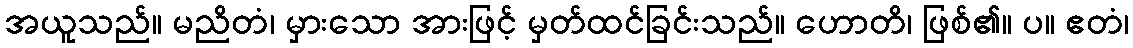
အယူသည်။ မညိတံ၊ မှားသော အားဖြင့် မှတ်ထင်ခြင်းသည်။ ဟောတိ၊ ဖြစ်၏။ ပ။ ဧတံ၊